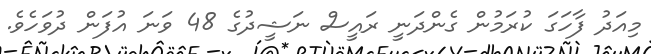
މިއަދު ފާހަގަ ކުރަމުން ގެންދަނީ ރައީސް ނަޝީދުގެ 48 ވަނަ އުފަން ދުވަހެވެ.